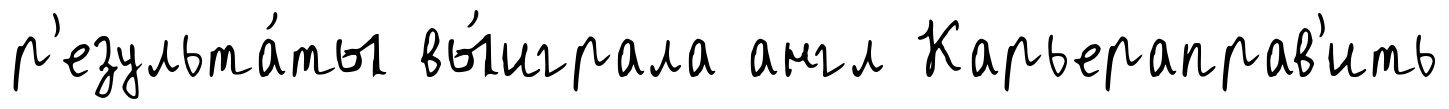
р'езульта́ты вы́играла англ Карьераправ'ить